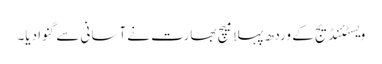
ویسٹئنڈیج کے وردھ پہلا میچ بھارت نے آسانی سے گنوا دیا۔